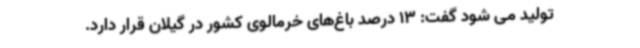
تولید می شود گفت: 13 درصد باغ‌های خرمالوی کشور در گیلان قرار دارد.